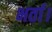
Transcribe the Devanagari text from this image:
भर्ता।